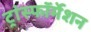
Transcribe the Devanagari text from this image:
ट्रांस्फॉर्मेशन